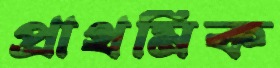
প্রাথমিক